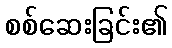
စစ်ဆေးခြင်း၏